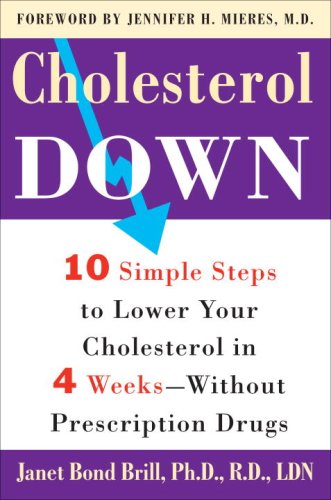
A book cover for Cholesterol Down: Ten Simple Steps to Lower Your Cholesterol in Four Weeks--Without Prescription Drugs; Janet Brill; Health, Fitness & Dieting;